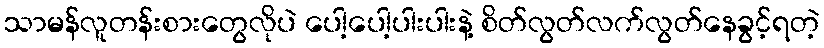
သာမန်လူတန်းစားတွေလိုပဲ ပေါ့ပေါ့ပါးပါးနဲ့ စိတ်လွတ်လက်လွတ်နေခွင့်ရတဲ့